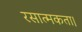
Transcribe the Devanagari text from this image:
रसात्मकता।